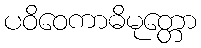
ပဝိဝေကာဓိမုတ္တော